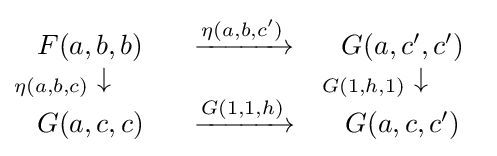
{\begin{matrix}F(a,b,b)&\xrightarrow {\eta (a,b,c')} &G(a,c',c')\\_{\eta (a,b,c)}\downarrow \qquad &&_{G(1,h,1)}\downarrow \qquad \\G(a,c,c)&\xrightarrow {G(1,1,h)} &G(a,c,c')\end{matrix}}